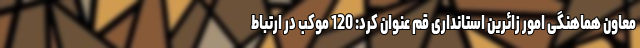
معاون هماهنگی امور زائرین استانداری قم عنوان کرد: 120 موکب در ارتباط